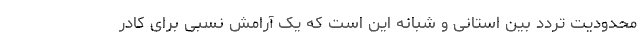
محدودیت تردد بین استانی و شبانه این است که یک آرامش نسبی برای کادر